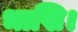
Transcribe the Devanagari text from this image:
भाखि।